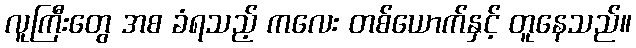
လူကြီးတွေ အစ ခံရသည့် ကလေး တစ်ယောက်နှင့် တူနေသည်။